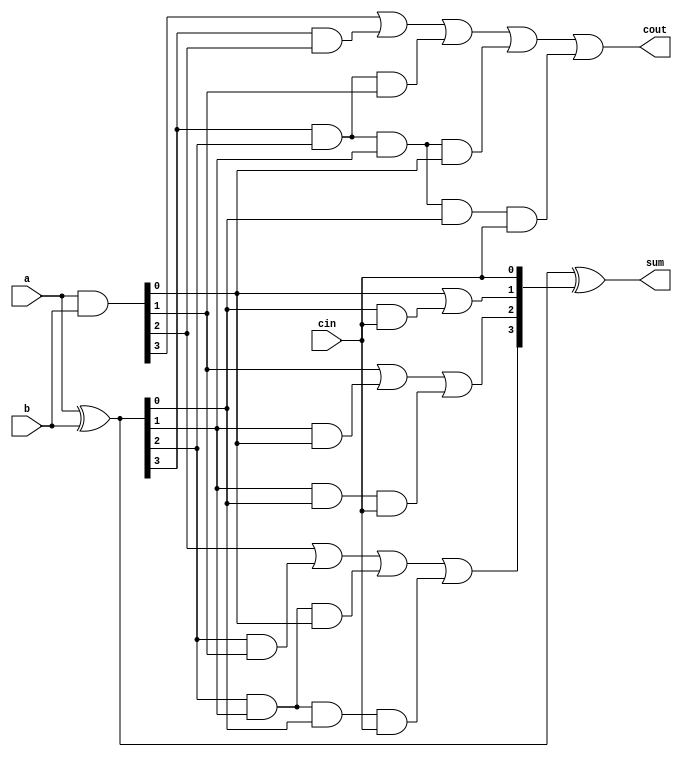
`timescale 10ns/10ns
module carry_look_ahead4bit (a,b, cin, sum, cout);
input [3:0] a,b;
input cin;
output [3:0] sum;
output cout;

wire [3:0] p, g ,c;

assign p = a ^ b; //propagate value
assign g = a & b; //generate value

//carry = gi + pi.ci

assign c[0] = cin;
assign c[1] = g[0]|(p[0] & c[0]);
assign c[2] = g[1]|(p[1] & g[0])|(p[1] & p[0] & c[0]);
assign c[3] = g[2]|(p[2] & g[1])|(p[2] & p[1] & g[0])|(p[2] & p[1] & p[0] & c[0]);
assign cout = g[3]|(p[3] & g[2])|(p[3] & p[2] & g[1])|(p[3] & p[2] & p[1] & g[0])|(p[3] & p[2] & p[1] & p[0] & c[0]);
assign sum = p ^ c[3:0];

endmodule